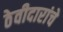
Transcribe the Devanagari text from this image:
ठेवीदारांचे